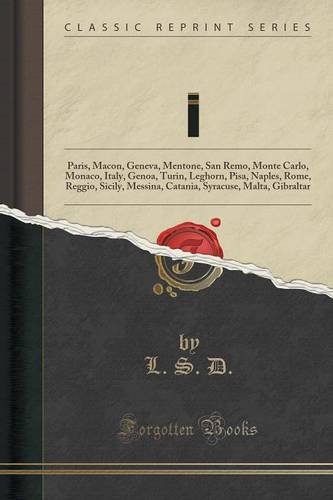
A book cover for "Trip to the Sunny South" In March, 1885: Paris, Macon, Geneva, Mentone, San Remo, Monte Carlo, Monaco, Italy, Genoa, Turin, Leghorn, Pisa, Naples, ... Syracuse, Malta, Gibraltar (Classic Reprint); L. S. D.; Travel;